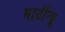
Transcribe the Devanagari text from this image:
मार्टीन्यू